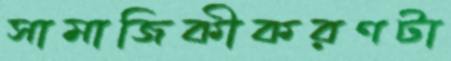
সামাজিকীকরণটা